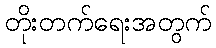
တိုးတက်ရေးအတွက်